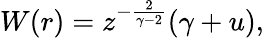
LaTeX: W(r)=z^{-{\frac{2}{\gamma-2}}}(\gamma+u),